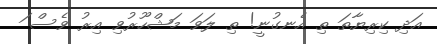
އަދި ކިރިޔާތަ ތި އެނގުނީ! ތި ލަވަ މަޝްހޫރުވި އިރު ވެސް ަ